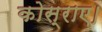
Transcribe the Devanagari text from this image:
कोस्राए।